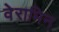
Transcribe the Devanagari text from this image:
वेरामिन